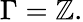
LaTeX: \Gamma=\mathbb{Z}.